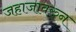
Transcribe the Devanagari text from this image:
जहाजावरुन